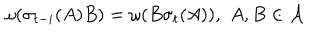
\omega ( \sigma _ { t - i } ( A ) B ) = \omega ( B \sigma _ { t } ( A ) ) , \, \, A , B \in \mathcal { A }